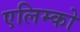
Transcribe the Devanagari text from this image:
एलिम्को